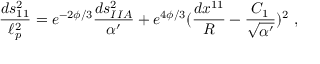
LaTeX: { \frac { d s _ { 1 1 } ^ { 2 } } { \ell _ { p } ^ { 2 } } } = e ^ { - 2 \phi / 3 } { \frac { d s _ { I I A } ^ { 2 } } { \alpha ^ { \prime } } } + e ^ { 4 \phi / 3 } ( { \frac { d x ^ { 1 1 } } { R } } - { \frac { C _ { 1 } } { \sqrt { \alpha ^ { \prime } } } } ) ^ { 2 } \ ,